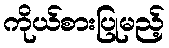
ကိုယ်စားပြုမည့်